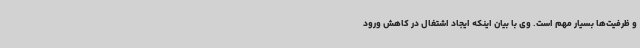
و ظرفیت‌ها بسیار مهم است. وی با بیان اینکه ایجاد اشتغال در کاهش ورود